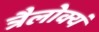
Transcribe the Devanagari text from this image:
त्रैलोक्यं